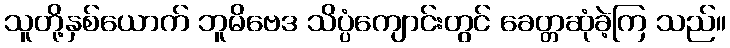
သူတို့နှစ်ယောက် ဘူမိဗေဒ သိပ္ပံကျောင်းတွင် ခေတ္တဆုံခဲ့ကြ သည်။